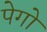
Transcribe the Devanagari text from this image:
पेगो